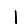
Digit: 1